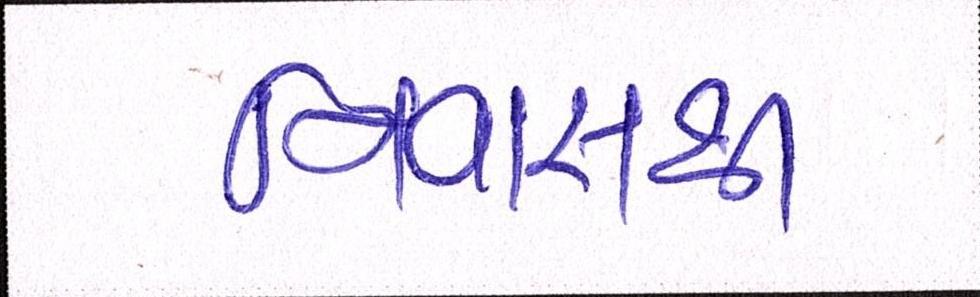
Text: નિવાસથી